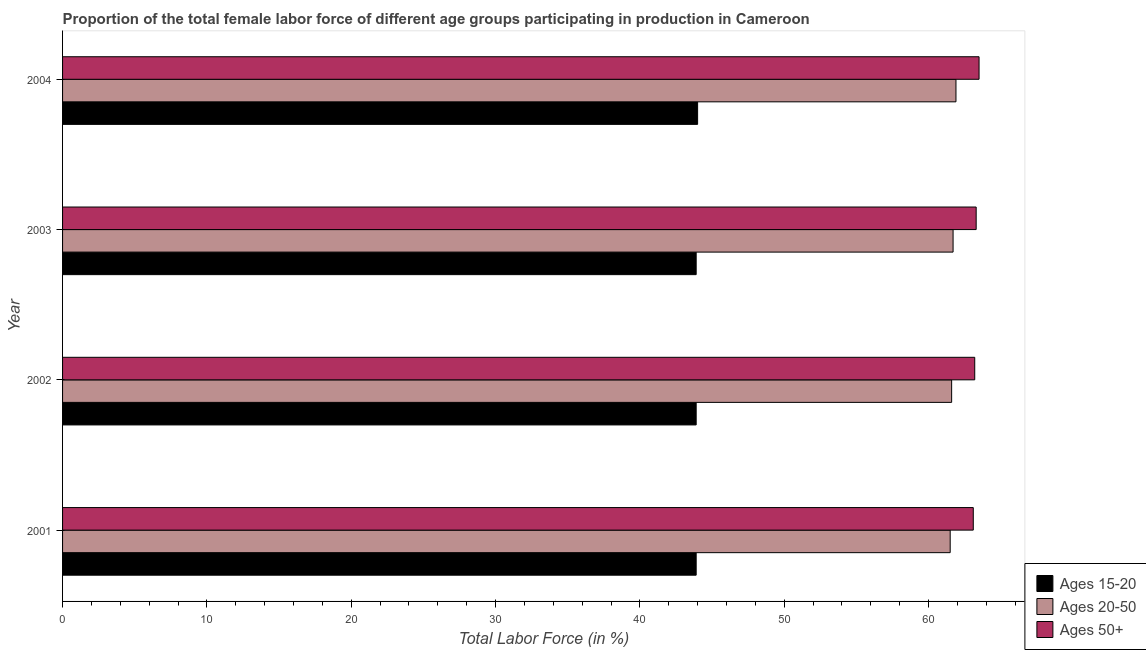
| Year | Ages 15-20 | Ages 20-50 | Ages 50+ |
 | --- | --- | --- | --- |
 | 2001 | 43.9 | 61.5 | 63.1 |
 | 2002 | 43.9 | 61.6 | 63.2 |
 | 2003 | 43.9 | 61.7 | 63.3 |
 | 2004 | 44 | 61.9 | 63.5 |